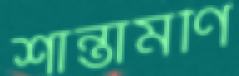
শান্তামণি